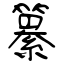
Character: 纂